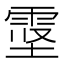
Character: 𱁖